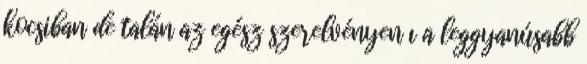
kocsiban de talán az egész szerelvényen ı a leggyanúsabb